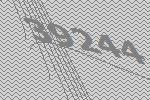
39244